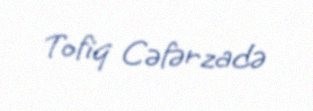
Tofiq Cəfərzadə